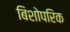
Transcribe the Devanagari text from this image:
बिशोपरिक